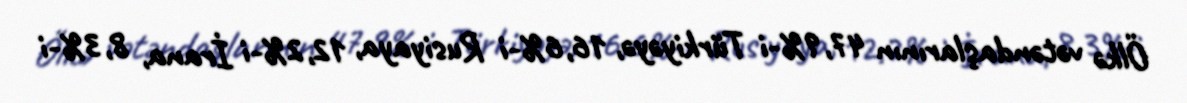
Ölkə vətəndaşlarının 47,9%-i Türkiyəyə, 16,6%-i Rusiyaya, 12,2%-i İrana, 8,3%-i